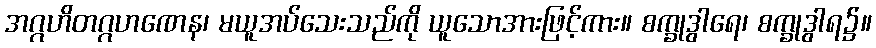
အဂ္ဂဟိတဂ္ဂဟဏေန၊ မယူအပ်သေးသည်ကို ယူသောအားဖြင့်ကား။ စက္ခုဒွါရေ၊ စက္ခုဒွါရ၌။